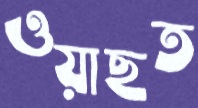
ওয়াছত